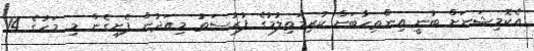
އެކޮމިޝަނަށް ބުނީ އިންތިހާބަށް ކުރިމަތިލުމުގެ ފުރުސަތު މިއަދުން ފެށިގެން މި މަހުގެ 14